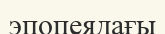
эпопеядағы